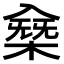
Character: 𠓸